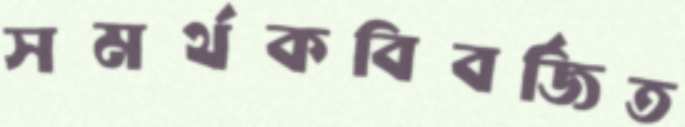
সমর্থকবিবর্জিত